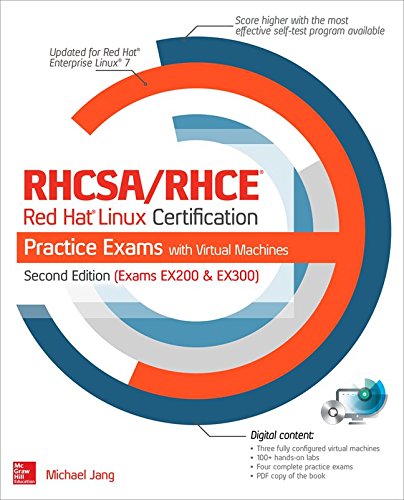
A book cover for RHCSA/RHCE Red Hat Linux Certification Practice Exams with Virtual Machines, Second Edition (Exams EX200 & EX300); Michael Jang; Computers & Technology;